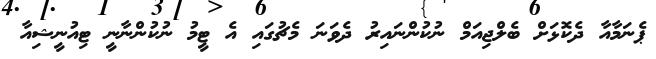
ޕެނަމާއާ ދެކޮޅަށް ބެލްޖިއަމް ނުކުންނައިރު ދެވަނަ މެޗުގައި އެ ޓީމު ނުކުންނާނީ ޓިއުނީޝިއާ